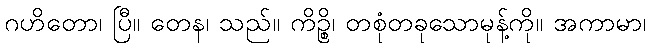
ဂဟိတော၊ ပြီ။ တေန၊ သည်။ ကိဉ္စိ၊ တစုံတခုသောမုန့်ကို။ အကာမာ၊